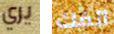
يري أنفك